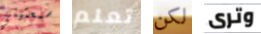
سمعتيني تعلم لكن وترى